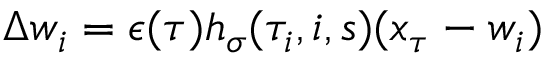
\Delta \boldsymbol { w } _ { i } = \epsilon ( \tau ) h _ { \sigma } ( \tau _ { i } , i , s ) ( \boldsymbol { x } _ { \tau } - \boldsymbol { w } _ { i } )